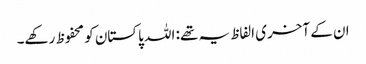
ان کے آخری الفاظ یہ تھے: اللہ پاکستان کو محفوظ رکھے۔